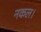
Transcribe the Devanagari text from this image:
नकल।